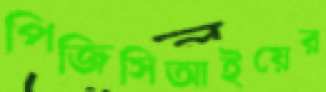
পিজিসিআইয়ের